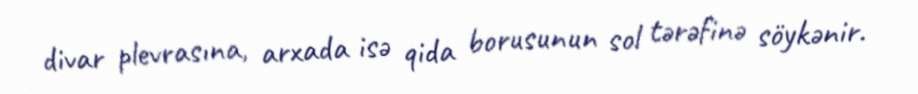
divar plevrasına, arxada isə qida borusunun sol tərəfinə söykənir.